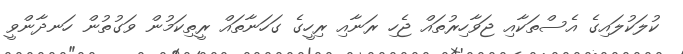
ކުލަކުލައިގެ އެސްތަކާއި ޖަވާހިރުތައް ޖެހި ރަނާއި ރިހީގެ ގަހަނާތައް ރީތިކަމުން ވަގުތުން ހަނދާންވީ